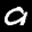
Label: 9